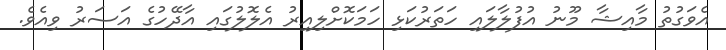
އެވަގުތު މާއިޝާ މޫނު އުފުލާލައި ހަތަރުކަޅި ހަމަކޮށްލިއިރު އެލޮލުގައި އާދޭހުގެ އަސަރު ވިއެވެ.